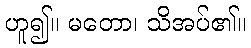
ဟူ၍။ မတော၊ သိအပ်၏။